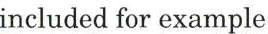
included for example